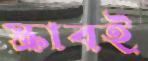
স্ক্রাবই